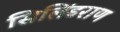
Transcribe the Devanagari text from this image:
सिलिंडराण